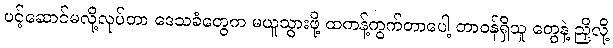
ပင့်ဆောင်မလို့လုပ်တာ ဒေသခံတွေက မယူသွားဖို့ ထကန့်ကွက်တာပေါ့ တာဝန်ရှိသူ တွေနဲ့ ညှိလို့